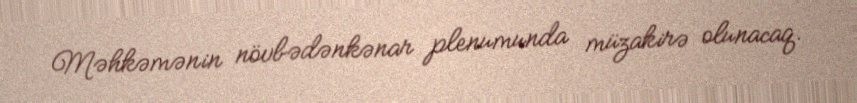
Məhkəmənin növbədənkənar plenumunda müzakirə olunacaq.